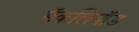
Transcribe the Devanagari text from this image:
मॅकलियॉड